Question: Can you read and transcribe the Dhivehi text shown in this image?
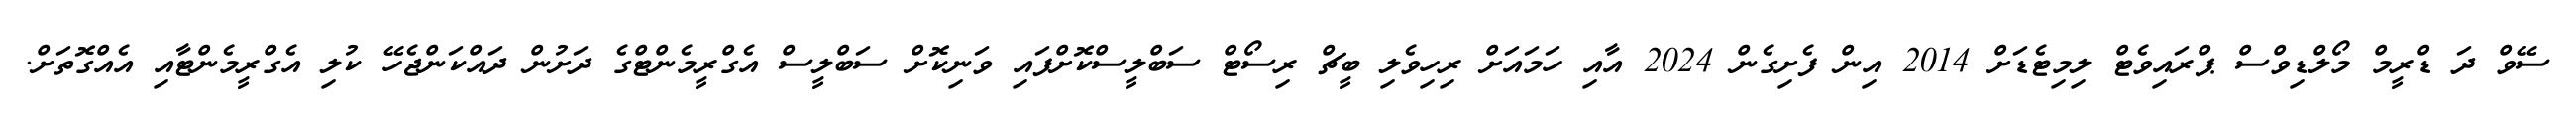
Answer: ސޭވް ދަ ޑްރީމް މޯލްޑިވްސް ޕްރައިވެޓް ލިމިޓެޑަށް 2014 އިން ފެށިގެން 2024 އާއި ހަމައަށް ރިހިވެލި ބީޗް ރިސޯޓް ސަބްލީސްކޮށްފައި ވަނިކޮށް ސަބްލީސް އެގްރީމެންޓްގެ ދަށުން ދައްކަންޖެހޭ ކުލި އެގްރީމެންޓާއި އެއްގޮތަށް.